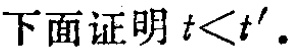
下面证明 \(t < t'\)。